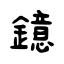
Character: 鐿